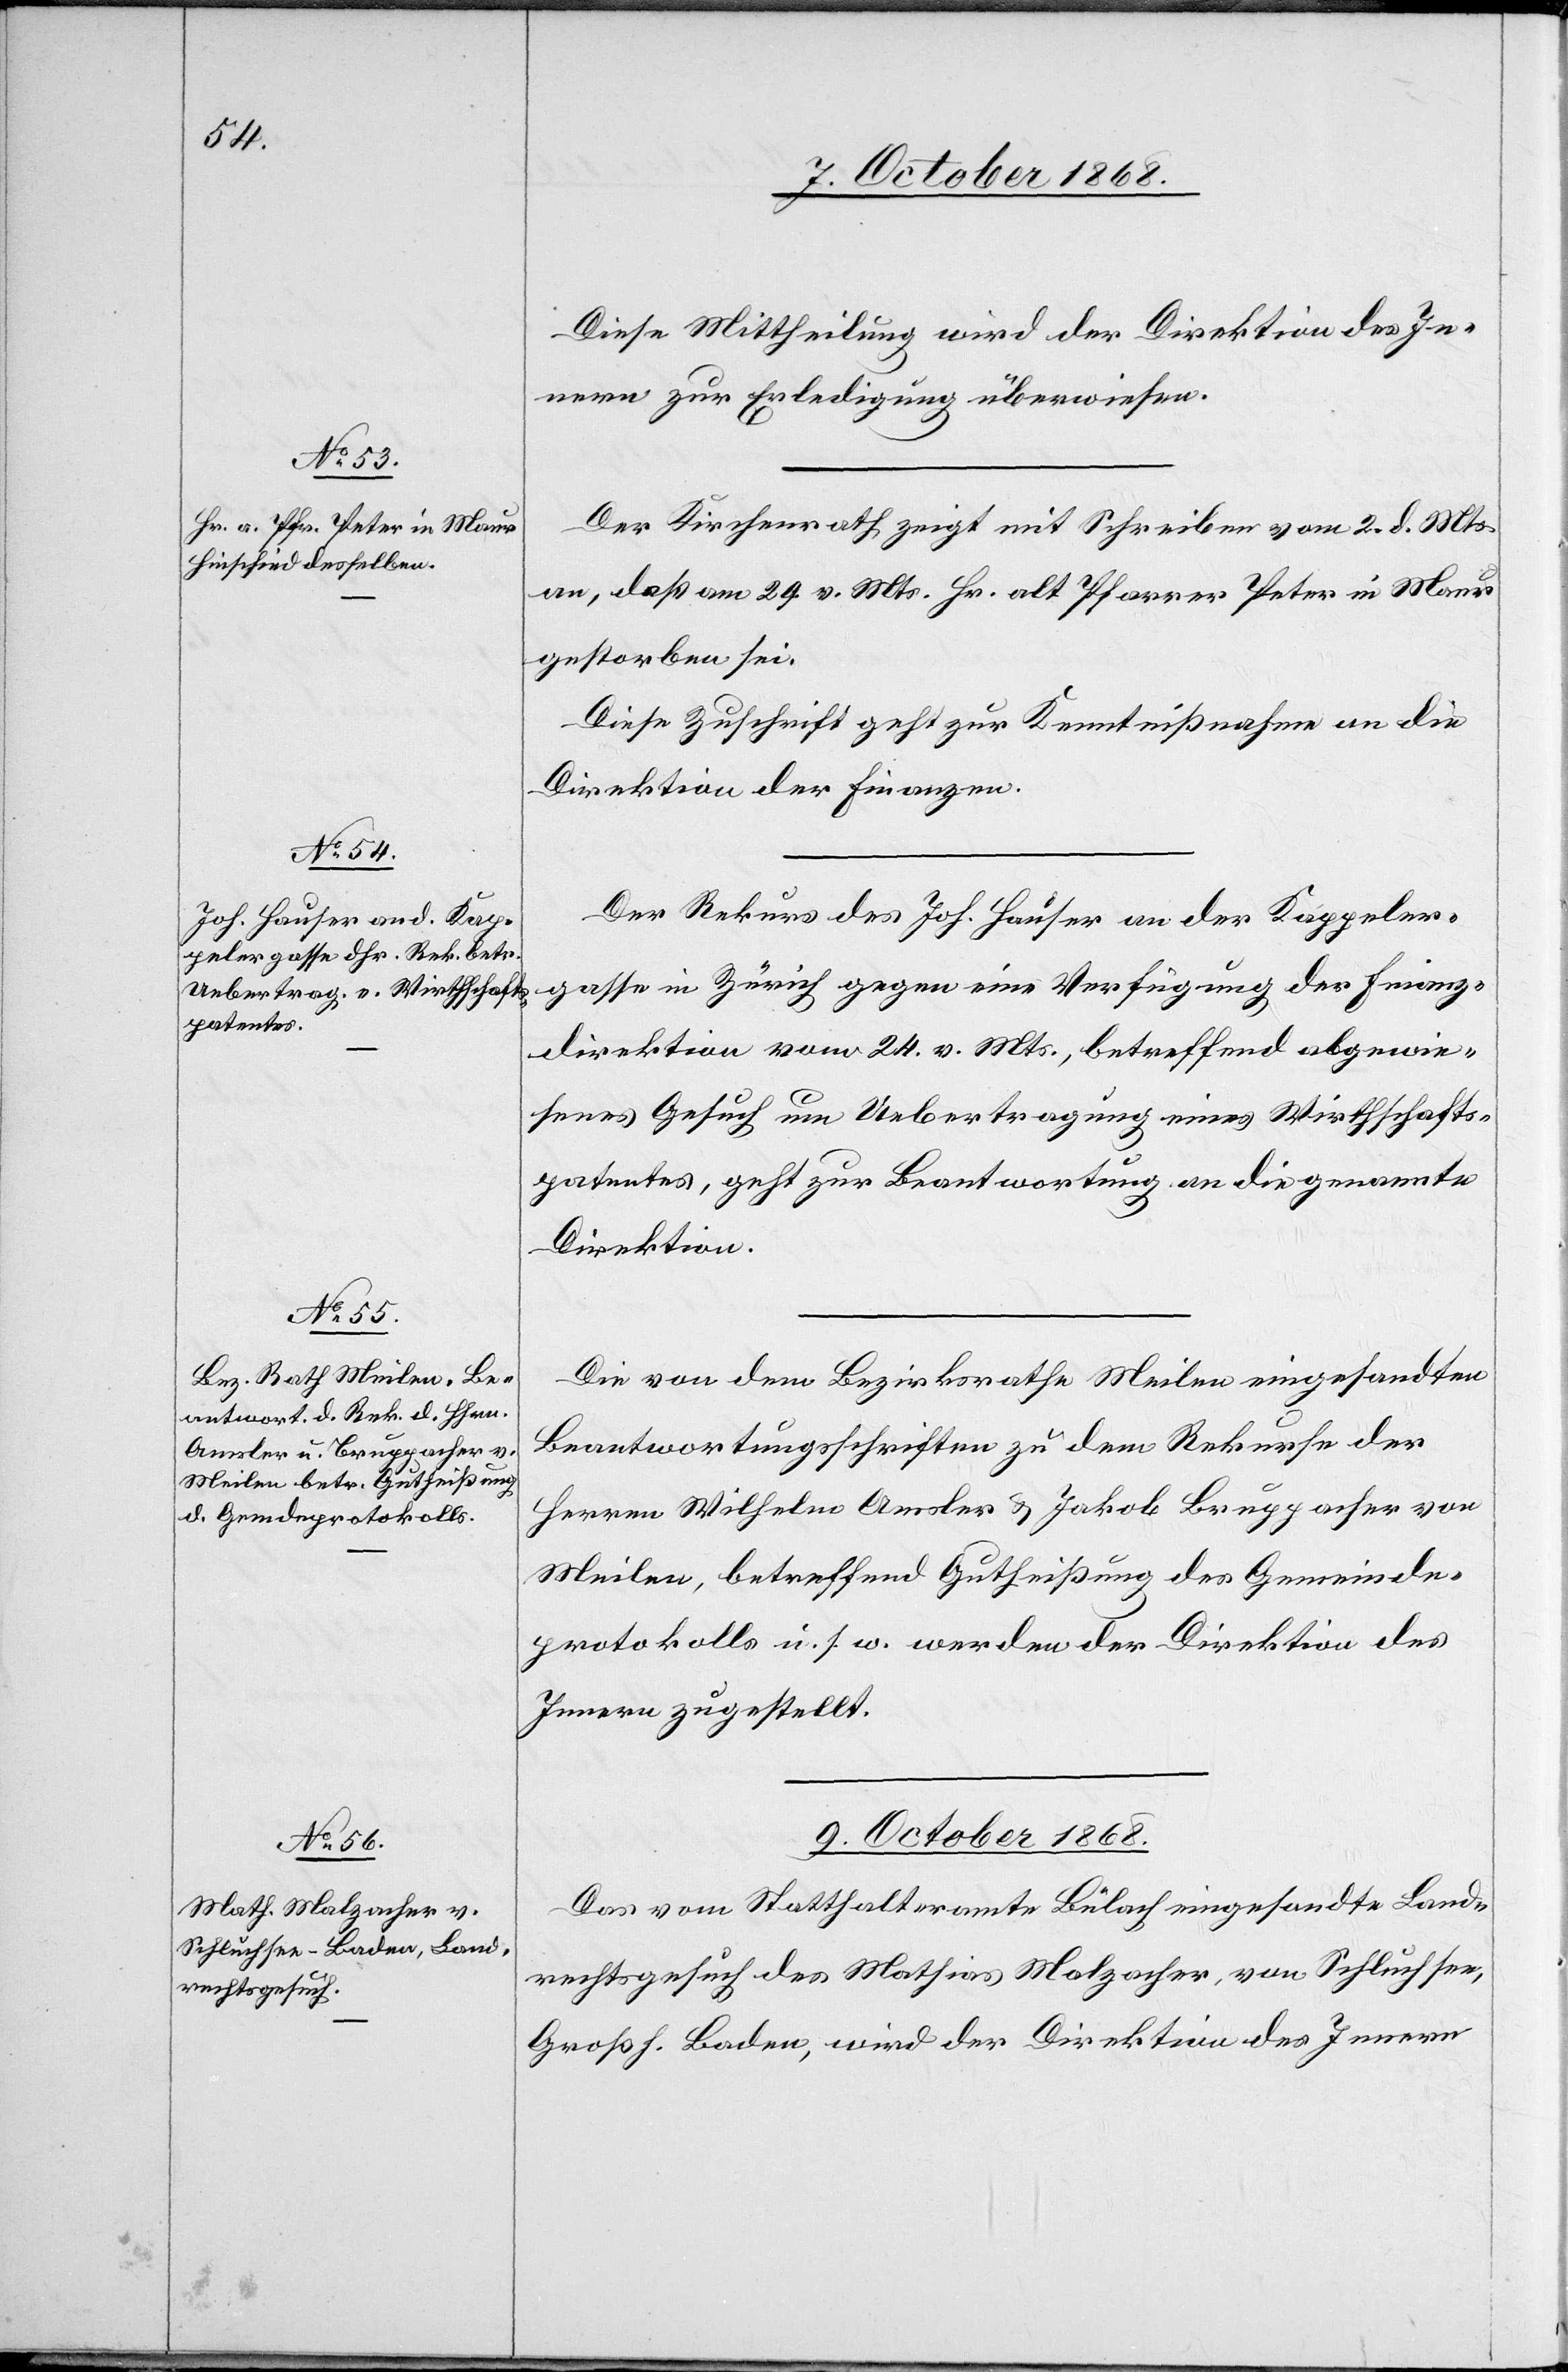
8. October 1868.]
Diese Mittheilung wird der Direktion des In¬
nern zur Erledigung überwiesen.
Der Kirchenrath zeigt mit Schreiben vom 2. d. Mts.
an, daß am 29. v. Mts. Hr. alt Pfarrer Peter in Maur
gestorben sei.
Diese Zuschrift geht zur Kenntnißnahme an die
Direktion der Finanzen.
Der Rekurs des Joh. Hauser an der Kappeler¬
gasse in Zürich gegen eine Verfügung der Finanz¬
direktion vom 24. v. Mts., betreffend abgewie¬
senes Gesuch um Uebertragung eines Wirthschafts¬
patentes, geht zur Beantwortung an die genannte
Direktion.
Die von dem Bezirksrathe Meilen eingesandten
Beantwortungsschriften zu dem Rekurse der
Herren Wilhelm Amsler & Jakob Bruppacher von
Meilen, betreffend Gutheißung des Gemeinde¬
protokolls u. s. w. werden der Direktion des
Innern zugestellt.
9. October 1868.
Das vom Statthalteramte Bülach eingesandte Land¬
rechtsgesuch des Mathias Malzacher, von Schluchsee,
Großh. Baden, wird der Direktion des Innern